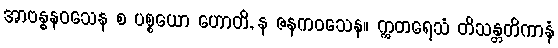
အာဗန္ဓနဝသေန စ ပစ္စယော ဟောတိ, န ဇနကဝသေန။ ဣတရေသံ တိသန္တတိကာနံ